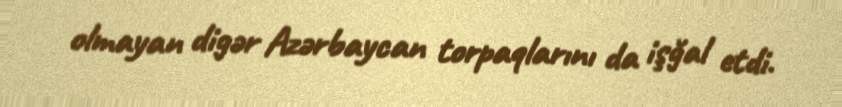
olmayan digər Azərbaycan torpaqlarını da işğal etdi.